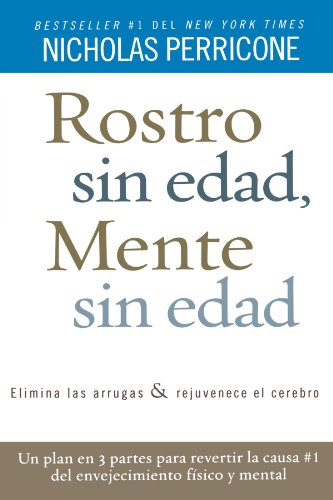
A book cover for Rostro sin edad, mente sin edad (Spanish Edition); Nicholas Perricone; Health, Fitness & Dieting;